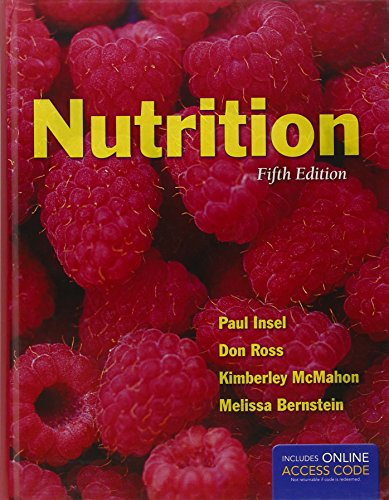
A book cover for Nutrition; Paul Insel; Medical Books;